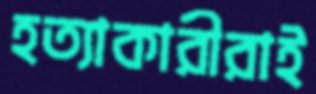
হত্যাকারীরাই